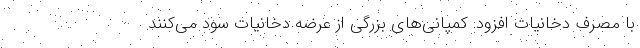
با مصرف دخانیات افزود: کمپانی‌های بزرگی از عرضه دخانیات سود می‌کنند